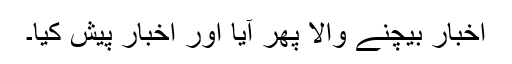
اخبار بیچنے والا پھر آیا اور اخبار پیش کیا۔